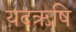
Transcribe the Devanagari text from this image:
यदऋषि